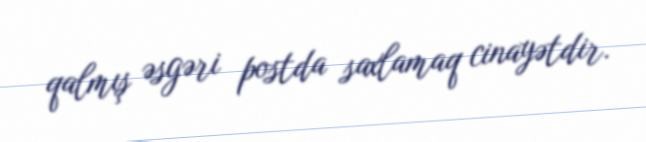
qalmış əsgəri postda saxlamaq cinayətdir.